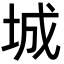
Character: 城